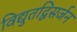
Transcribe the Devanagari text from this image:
विद्युतद्विसर्जन